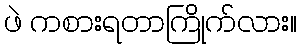
ဖဲ ကစားရတာကြိုက်လား။